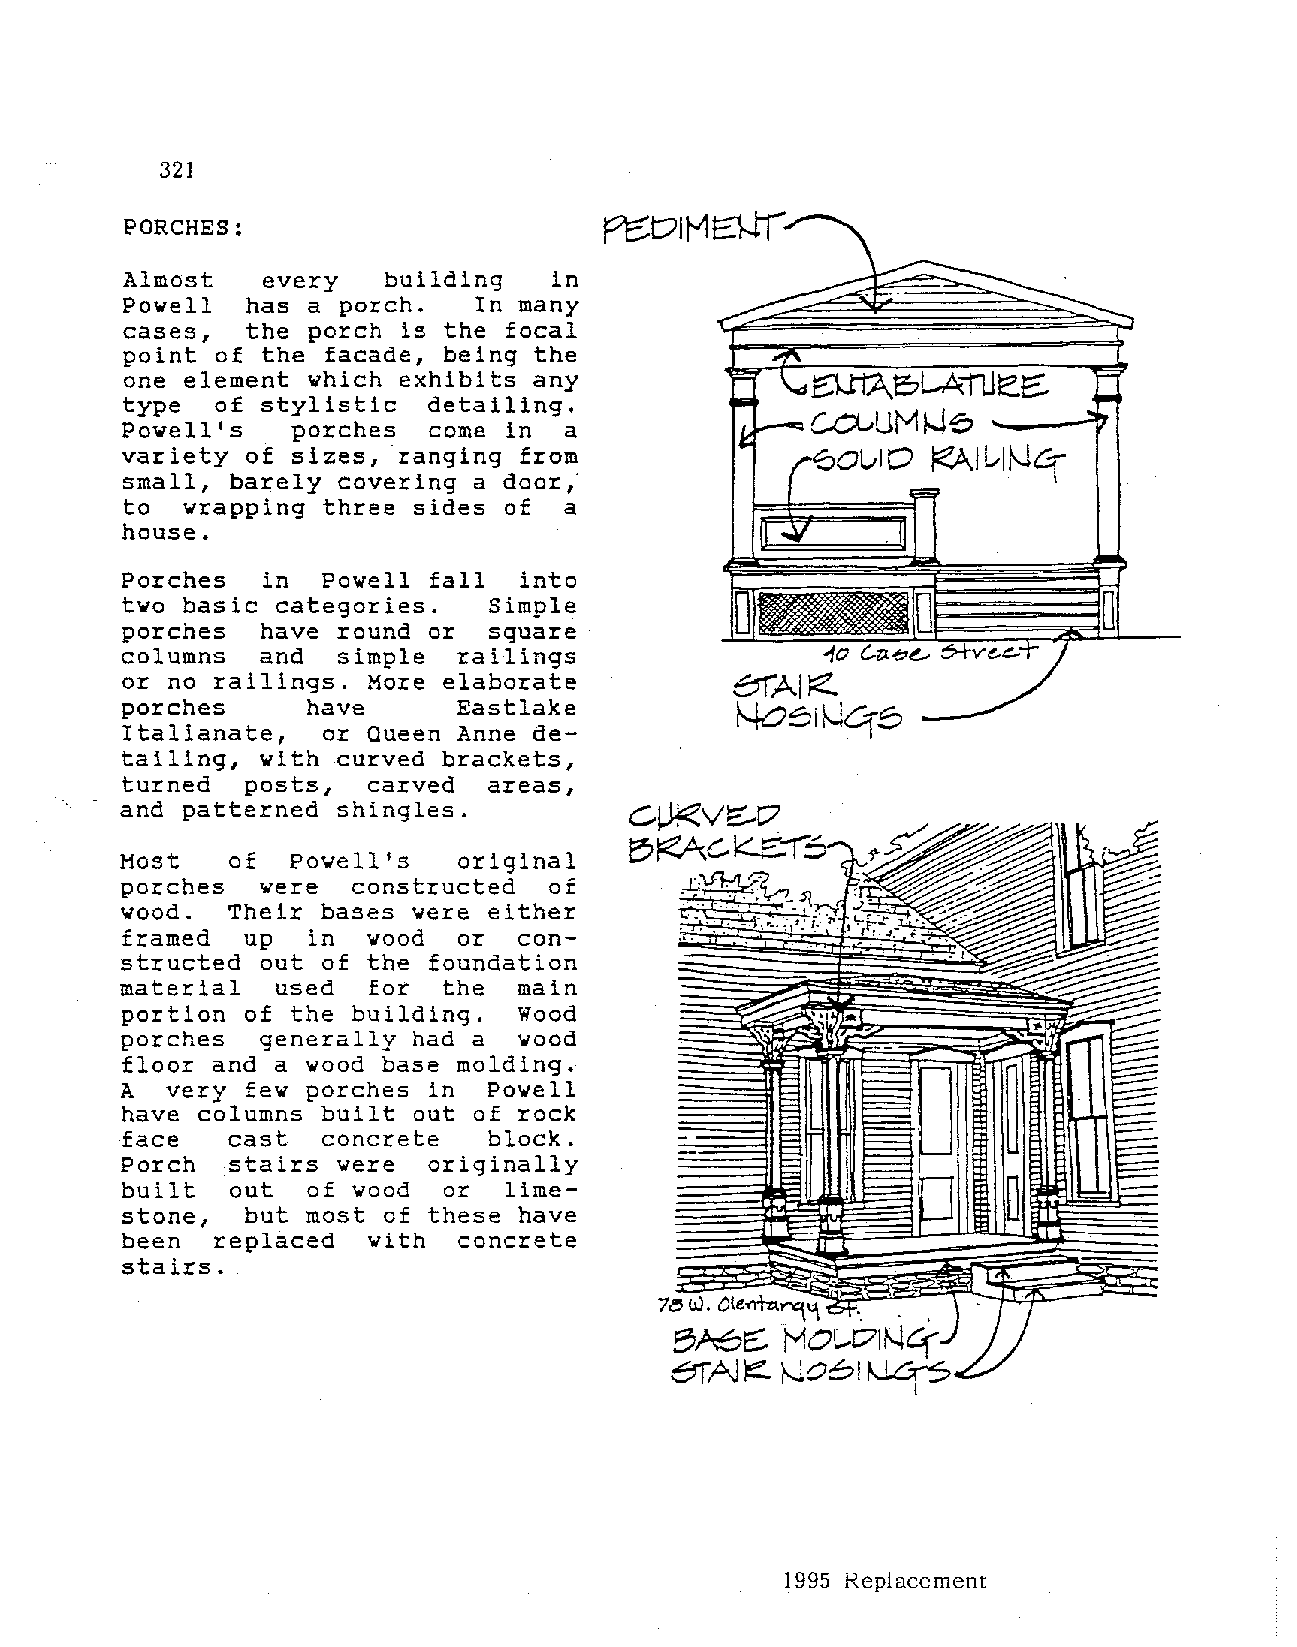
321
 PORCHES:
 Almost   every   building   in
 Powell  has a porch.   In many
 cases,  the porch  is the focal
 point of the facade, being the
 one element which exhibits any
 type  of stylistic  detailing.
 Powell's   porches  come in  a
 variety of sizes, ·ranging from
 small, barely covering a door,·
 to  wrapping three sides of  a
 house.
 Porches  in  Powell fall  into
 two basic categories.   Simple
 porches  have round or  square
 columns  and  simple  railings                10
 or no railings. More elaborate          81AIFZ.
 porches     have      Eastlake
 ~SiiJC:fS
 Italianate,  or Queen Anne de
 tailing, with curved brackets,
 turned  posts,  carved  areas,
 and patterned shingles.
 Most   of  Powell's   original
 porches  were  constructed  of
 wood.  Their bases were either
 framed  up  in  wood  or  con
 structed out of the foundation
 material  used  for  the  main
 portion of the building.  Wood
 porches  generally had a  wood
 floor and a wood base molding.
 A  very few porches in  Powell
 have columns built out of rock
 face   cast  concrete   block.
 Porch  stairs were  originally
 built  out  of wood  or  lime
 stone,  but most of these have
 been  replaced  with  concrete
 stairs.
 7~ W. Ole<~t..""\'1 .
 BI-6C::. MO[...t7J.
 Bf,Aj~  }-J061
 1995 Replacement